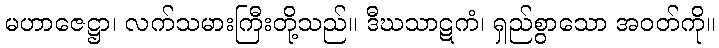
မဟာဇေဋ္ဌာ၊ လက်သမားကြီးတို့သည်။ ဒီဃသာဋကံ၊ ရှည်စွာသော အဝတ်ကို။